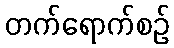
တက်ရောက်စဉ်